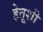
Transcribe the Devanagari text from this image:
हेतूशी